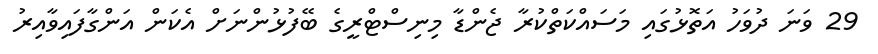
29 ވަނަ ދުވަހު އަތޮޅުގައި މަސައްކަތްކުރާ ޖެންޑާ މިނިސްޓްރީގެ ބޭފުޅުންނަށް އެކަން އަންގާފައިވާއިރު